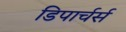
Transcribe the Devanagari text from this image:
डिपार्चर्स